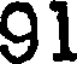
91